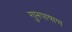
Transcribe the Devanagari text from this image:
गुप्तपाषाण